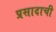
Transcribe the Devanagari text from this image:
प्रसादाची